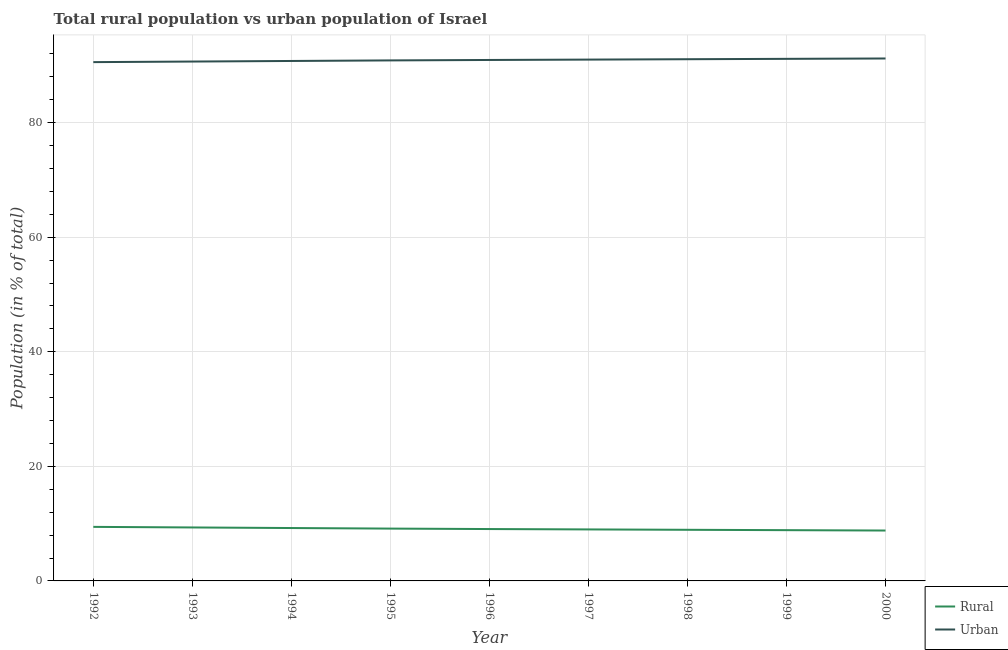
| Year | Rural | Urban |
 | --- | --- | --- |
 | 1992 | 9.44 | 90.6 |
 | 1993 | 9.33 | 90.7 |
 | 1994 | 9.23 | 90.8 |
 | 1995 | 9.13 | 90.9 |
 | 1996 | 9.06 | 90.9 |
 | 1997 | 8.99 | 91 |
 | 1998 | 8.93 | 91.1 |
 | 1999 | 8.86 | 91.1 |
 | 2000 | 8.8 | 91.2 |